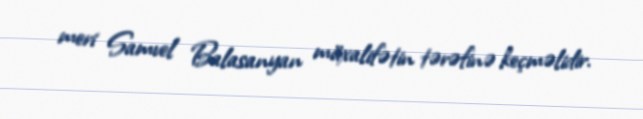
meri Samvel Balasanyan müxalifətin tərəfinə keçməlidir.